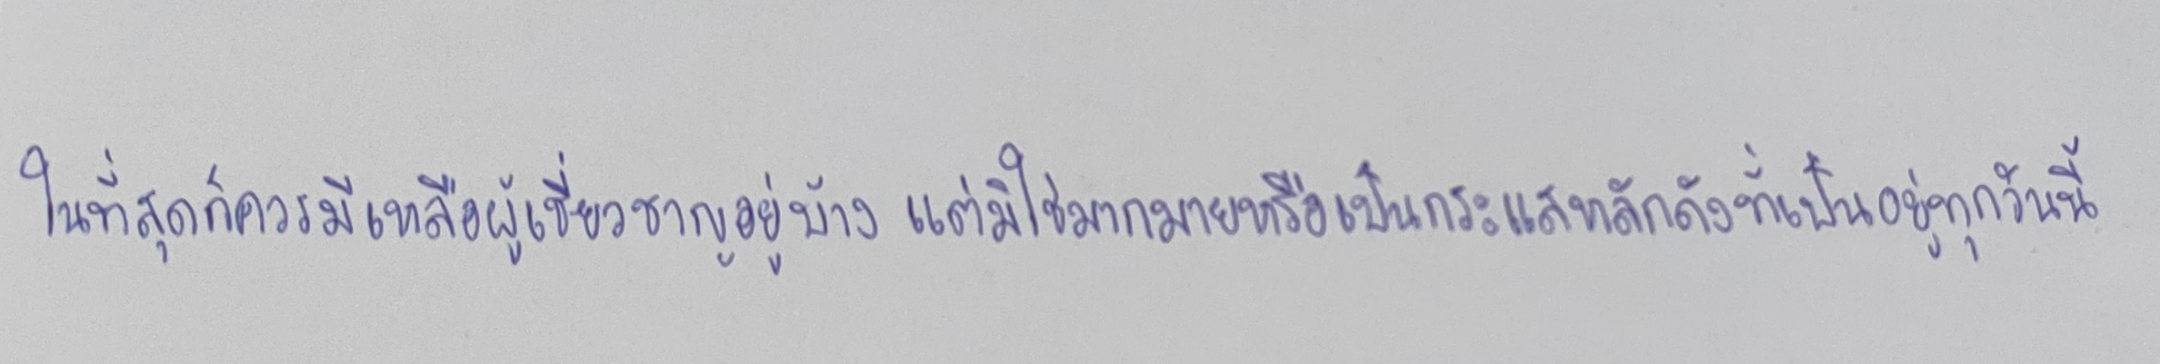
ในที่สุดก็ควรมีเหลือผู้เชี่ยวชาญอยู่บ้างแต่มิใช่มากมายหรือเป็นกระแสหลักดังที่เป็นอยู่ทุกวันนี้